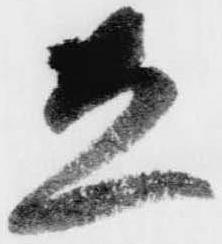
立